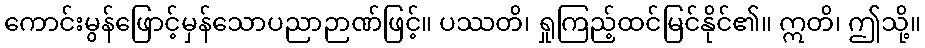
ကောင်းမွန်ဖြောင့်မှန်သောပညာဉာဏ်ဖြင့်။ ပဿတိ၊ ရှုကြည့်ထင်မြင်နိုင်၏။ ဣတိ၊ ဤသို့။